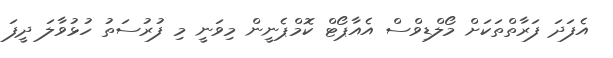
އެފަދަ ފަރާތްތަކަށް މޯލްޑިވްސް އެއާޕޯޓް ކޮމްޕެނީން މިވަނީ މި ފުރުސަތު ހުޅުވާލަ ދީފަ